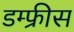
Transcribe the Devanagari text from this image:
डम्फ्रीस